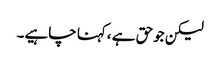
لیکن جوحق ہے ،کہنا چاہیے۔